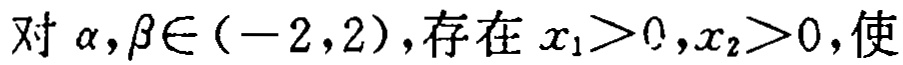
对\(\alpha,\beta\in(-2,2)\)，存在\(x_{1}>0,x_{2}>0\)，使